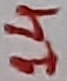
Text: 14